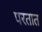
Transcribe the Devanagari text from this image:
परतात